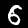
Digit: 6